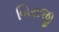
બિરાજી